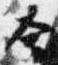
合